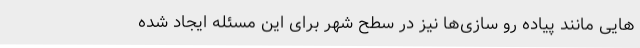
هایی مانند پیاده رو سازی‌ها نیز در سطح شهر برای این مسئله ایجاد شده